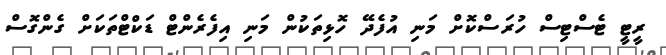
ރީޓީ ޓެސްޓިސް ހުރަސްކޮށް މަނި އުފެދޭ ހޮޅިތަކުން މަނި އިފެރެންޓް ޑަކްޓްތަކަށް ގެންގޮސް